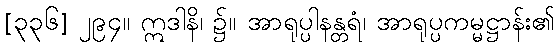
[၃၃၆] ၂၉၄။ ဣဒါနိ၊ ၌။ အာရုပ္ပါနန္တရံ၊ အာရုပ္ပကမ္မဋ္ဌာန်း၏